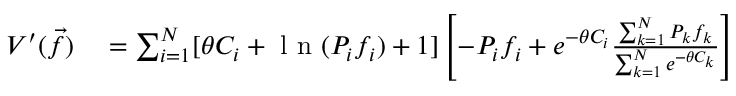
\begin{array} { r l } { V ^ { \prime } ( \vec { f } ) } & { { } = \sum _ { i = 1 } ^ { N } [ \theta C _ { i } + \mathrm { ~ l ~ n ~ } ( P _ { i } f _ { i } ) + 1 ] \left[ - P _ { i } f _ { i } + e ^ { - \theta C _ { i } } \frac { \sum _ { k = 1 } ^ { N } P _ { k } f _ { k } } { \sum _ { k = 1 } ^ { N } e ^ { - \theta C _ { k } } } \right] } \end{array}